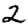
Digit: 2